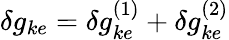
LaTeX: \delta g_{ke}=\delta g_{ke}^{(1)}+\delta g_{ke}^{(2)}